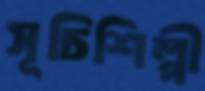
সূচিশিল্পী